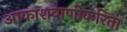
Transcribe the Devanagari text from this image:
आकाशवाणीकरिता